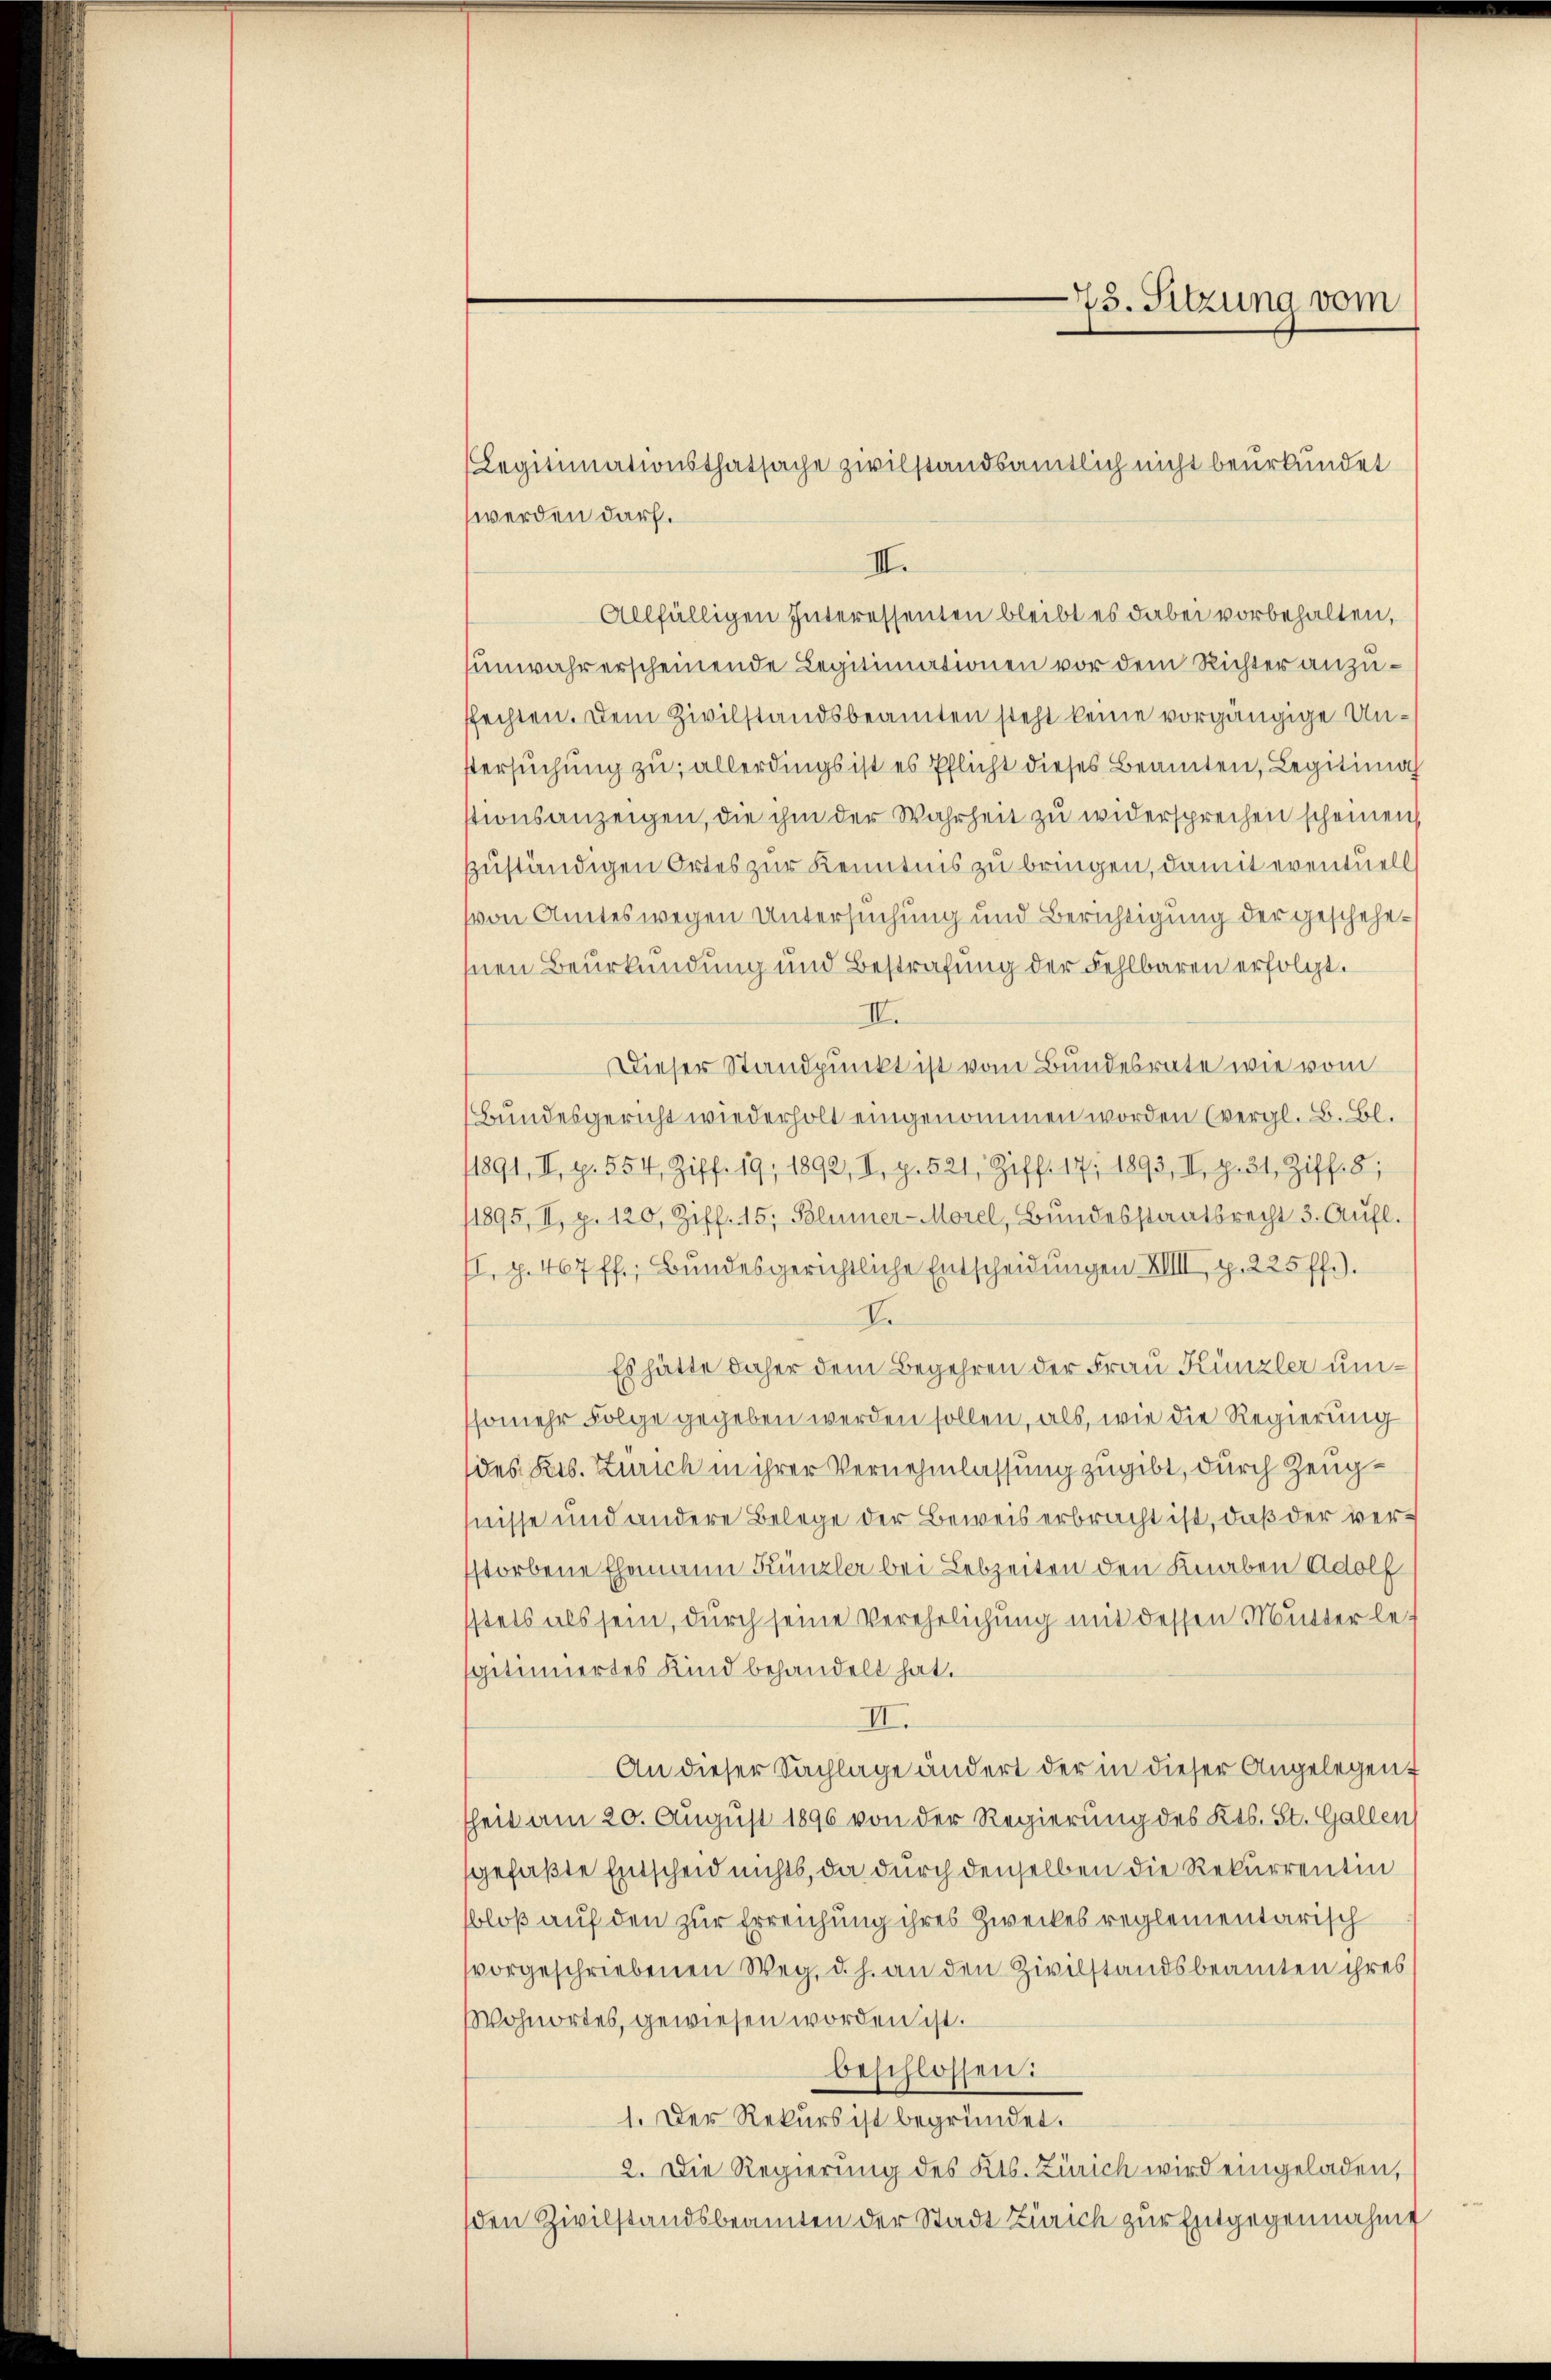
werden darf.
II.
Allfälligen Interessenten bleibt es dabei vorbehalten,
unwahr erscheinende Legitimationen vor dem Richter anzuffechten. Dem Zivilstandsbeamten steht keine vorgängige Unstersuchung zu, allerdings ist es Pflicht dieses Beamten, Legitimach
stionsanzeigen, die ihm der Wahrheit zu widersprechen scheinen,
zzuständigen Ortes zur Kenntnis zu bringen, damit eventuell
von Amtes wegen Untersuchung und Berichtigung der geschehenen Beurkundung und Bestrafung der Fehlbaren erfolgt.
II.
Dieser Standpunkt ist vom Bundesrate wie vom
Bundesgericht wiederholt eingenommen worden (vergl. B. Bl.
1891, II. p. 554, Ziff. 19, 1890, I. p. 521, Ziff. 17, 1893, II. Z. 31, Ziff. 8;
1895, II. p. 120, Ziff. 45, Blümer-Morel, Bundesstaatsrecht 3. Aufl.
I. p. 467 ff.; Bundesgerichtliche Entscheidungen XIIII, p. 225 ff.).
de
Es hätte daher dem Begehren der Frau Künzler umsomehr Folge gegeben werden sollen, als, wie die Regierung
(des Pers. Zürich in ihrer Vernehmlassung zugibt, durch Zeugfnisse und andere Belege der Beweis erbracht ist, daß der verstorbene Ehemann Künzler bei Lebzeiten den Knaben Adolf
stets als sein, durch seine Verehelichung mit dessen Mutter les
sgitimiertes Kind behandelt hat.
II.
An dieser Sachlage ändert der in dieser Angelegent
heit am 20. August 1896 von der Regierung des Kts. St. Gallen
gefaßte Entscheid nichts, da durch denselben die Rekurrentin
bloß auf den zur Erreichung ihres Zweckes reglementarisch
vorgeschriebenen Weg, d. h. an den Zivilstandsbeamten ihres
Wohnortes, gewiesen worden ist.
beschlossen:
1. Der Rekurs ist begründet.
2. Die Regierung des Kts. Zürich wird eingeladen,
den Zivilstandsbeamten der Stadt Zürich zur Entgegennahme

Legitimationsthatsache zivilstandsamtlich nicht beurkundet

73. Sitzung vom